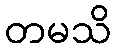
တမသိ